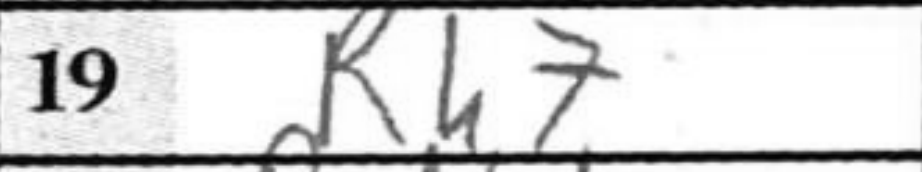
Transcription: Rh7